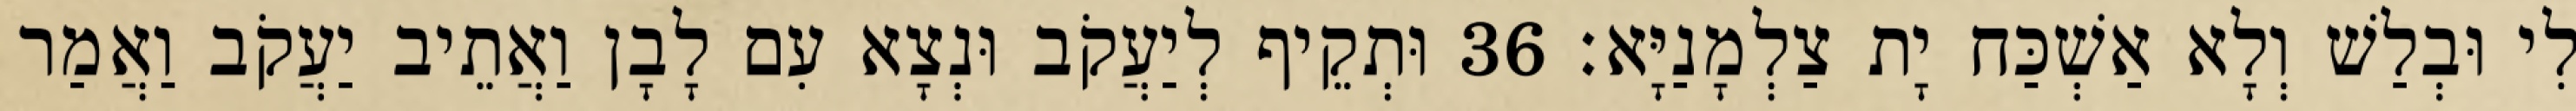
לִי וּבְלַשׁ וְלָא אַשְׁכַּח יָת צַלְמָנַיָּא׃ 36 וּתְקֵיף לְיַעֲקֹב וּנְצָא עִם לָבָן וַאֲתֵיב יַעֲקֹב וַאֲמַר